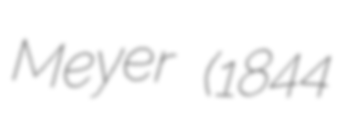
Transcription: Meyer (1844